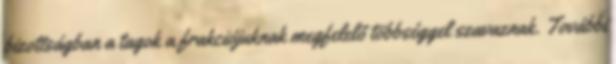
bizottságban a tagok a frakciójuknak megfelelő többséggel szavaznak. További